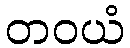
တဝယံ